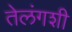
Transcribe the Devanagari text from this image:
तेलंगशी